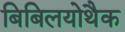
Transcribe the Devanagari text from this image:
बिबिलयोथैक